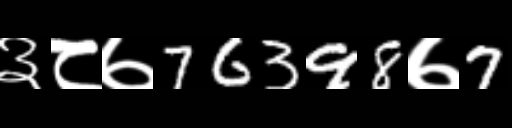
Text: ३८७76398७7